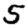
Digit: 5